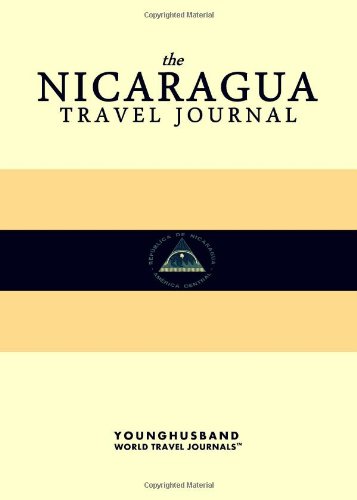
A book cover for The Nicaragua Travel Journal; Younghusband World Travel Journals; Travel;